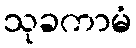
သုခကာမံ